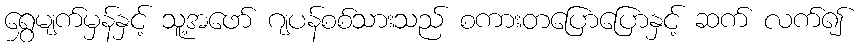
ရွှေမျက်မှန်နှင့် သူ့အဖော် ဂျပန်စစ်သားသည် စကားတပြောပြောနှင့် ဆက် လက်၍